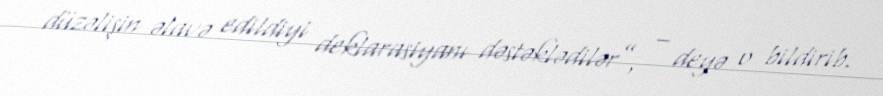
düzəlişin əlavə edildiyi deklarasiyanı dəstəklədilər”, – deyə o bildirib.